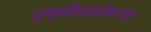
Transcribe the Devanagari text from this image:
पृथ्वीवासीयांचा